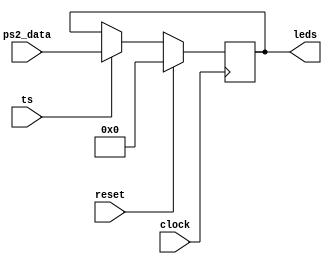
module handshake_p1(input clock, reset,
					input [3:0] ps2_data, input ts,
					output reg [3:0] leds);

reg [3:0] data_register;

// Register to capture the 4-bit data from the PS/2 Controller
always @(posedge clock) begin
    if (reset) begin
        // Reset the register on the falling edge of the reset signal
        data_register <= 4'b0000;
    end else if (ts) begin
        // Capture the 4-bit data on the positive edge of tx_start signal
        data_register <= ps2_data;
    end
end

// Display the captured data on the LEDs
always @* begin
    leds = data_register;
end

endmodule